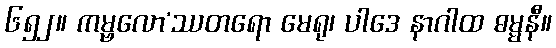
၆၅၂။ ကမ္ဗလော’ဿတရော မေရု၊ ပါဒေ နာဂါထ ဓမ္မနီ။